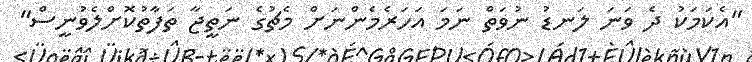
"އެކަމަކު ދެ ވަނަ ލަނޑު ނުވަތް ނަމަ އަހަރެމެންނަށް މެޗުގެ ނަތީޖާ ތަފާތުކޮށްލެވުނީސް"